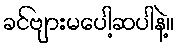
ခင်ဗျားမပေါ့ဆပါနဲ့။